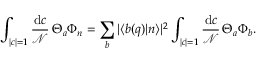
\int _ { | c | = 1 } { \frac { \mathrm { d } c } { \mathcal { N } } } \, \Theta _ { a } \Phi _ { n } = \sum _ { b } | \langle b ( q ) | n \rangle | ^ { 2 } \int _ { | c | = 1 } { \frac { \mathrm { d } c } { \mathcal { N } } } \, \Theta _ { a } \Phi _ { b } .